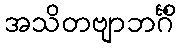
အသိတဗျာဘင်္ဂိံ